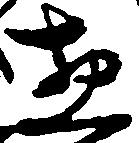
惣